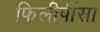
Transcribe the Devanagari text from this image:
फिलीपींसा